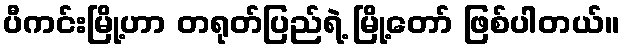
ပီကင်းမြို့ဟာ တရုတ်ပြည်ရဲ့ မြို့တော် ဖြစ်ပါတယ်။